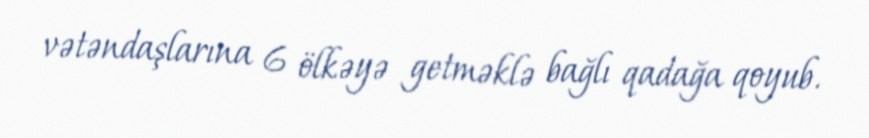
vətəndaşlarına 6 ölkəyə getməklə bağlı qadağa qoyub.